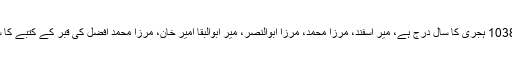
ابو القاسم نمکین کی قبر پر 1038 ہجری کا سال درج ہے، میر اسفند، مرزا محمد، مرزا ابوالنصر، میر ابوالبقا امیر خان، مرزا محمد افضل کی قبر کے کتبے کا سال 1084 ہجری درج ہے۔